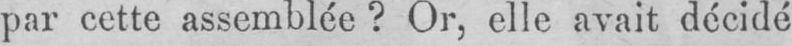
par cette assemblée? Or, elle avait décidé